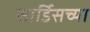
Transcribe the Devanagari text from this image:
सार्डिसच्या